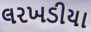
લરખડીયા